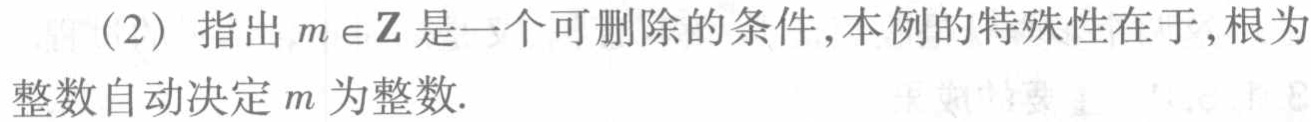
（2）指出$m\in\mathbb{Z}$是一个可删除的条件, 本例的特殊性在于, 根为整数自动决定$m$为整数.